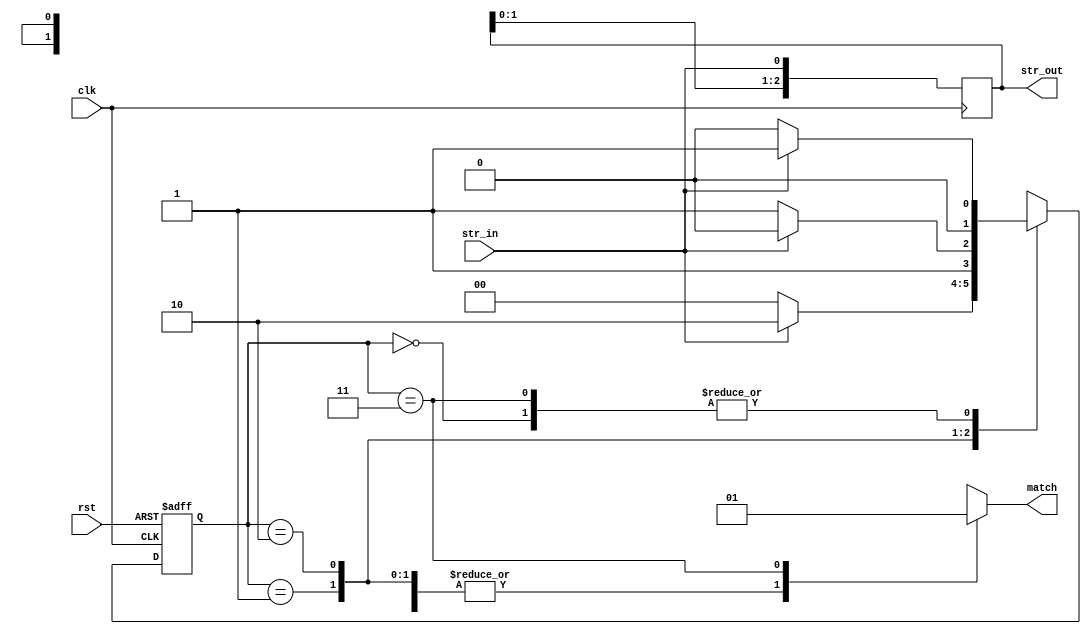
module S1061534_lab4(str_out, match, rst, str_in, clk);
input clk, rst, str_in;
output [2:0]str_out;
output match;
reg [2:0]str_out;
reg [1:0]current_state,next_state;//need four states
reg match;
parameter state0=0,state1=1,state2=2,state3=3;
always@(posedge clk or posedge rst)//reset
begin //CS
	if(rst)current_state <= state0;
	else current_state <= next_state;
end
always@(current_state or str_in)//set next state with input
begin //NS
	case(current_state)
	state0:
		next_state=(str_in==0)?state0:state1;
	state1:
		next_state=(str_in==0)?state0:state2;
	state2:
		next_state=(str_in==0)?state3:state2;
	state3:
		next_state=(str_in==0)?state0:state1;
	endcase
end
always@(current_state or str_in)//find output
begin//OL
	case(current_state)
	state0:
		match=0;
	state1:
		match=0;
	state2:
		match=0;
	state3:
		match=1;
	endcase
end
always@(posedge clk)//deliver
begin//OL
	str_out[0]<=str_in;
	str_out[1]<=str_out[0];
	str_out[2]<=str_out[1];
end
endmodule